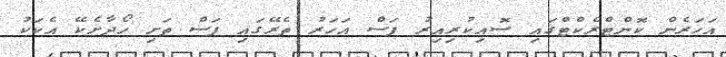
އަހަރެން ކޮންޓްރެކްޓްގައި ސޮއިކުރިއިރު ފަސް އަހަރު ތެރޭގައި ފަސް ތަށި ހޯދާށެކޭ އެކަކު